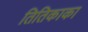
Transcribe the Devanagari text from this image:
तितिकाका